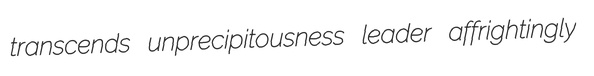
transcends unprecipitousness leader affrightingly